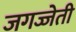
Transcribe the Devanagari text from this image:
जगज्जेती